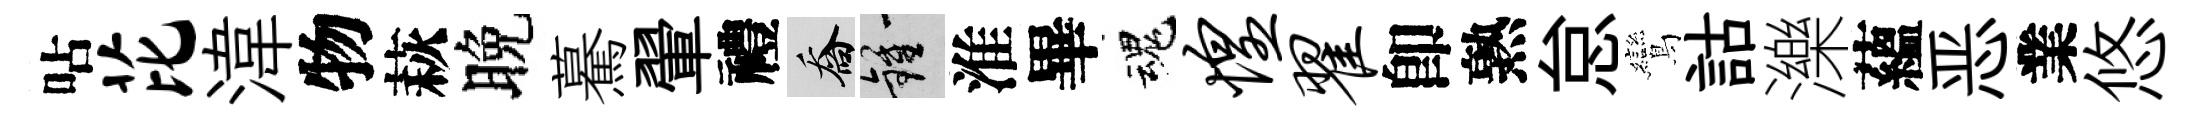
呫芘湋物萩晚驀翬禮喬鍾淮畢魂惶翟卽熟怠鸞詁濼蘊恶業悠